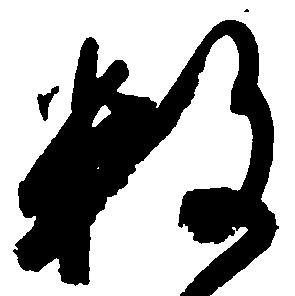
数